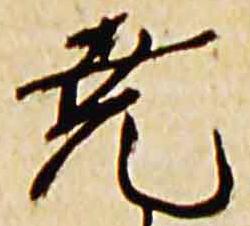
尭